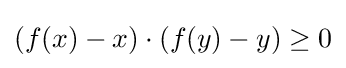
(f(x)-x)\cdot (f(y)-y)\geq 0